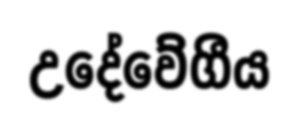
උදේවේගීය